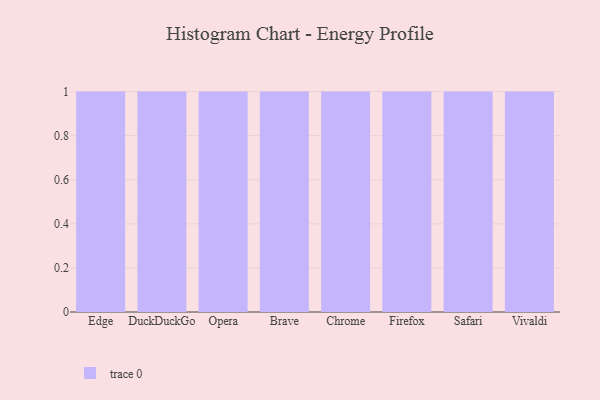
{"axis": {"x": "Browser", "y": "Customer Acquisition Cost (USD)"}, "legend": [""], "data": [{"x": "Edge", "y": 34, "type": ""}, {"x": "DuckDuckGo", "y": 25, "type": ""}, {"x": "Opera", "y": 36, "type": ""}, {"x": "Brave", "y": 90, "type": ""}, {"x": "Chrome", "y": 14, "type": ""}, {"x": "Firefox", "y": 44, "type": ""}, {"x": "Safari", "y": 85, "type": ""}, {"x": "Vivaldi", "y": 51, "type": ""}]}